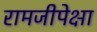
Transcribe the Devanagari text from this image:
रामजीपेक्षा